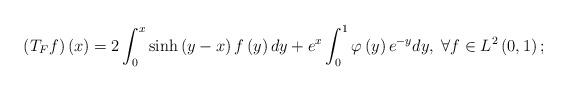
LaTeX: \begin{align*}\left(T_{F}f\right)\left(x\right)=2\int_{0}^{x}\sinh\left(y-x\right)f\left(y\right)dy+e^{x}\int_{0}^{1}\varphi\left(y\right)e^{-y}dy,\;\forall f\in L^{2}\left(0,1\right);\end{align*}